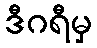
ဒီဂရီမှ